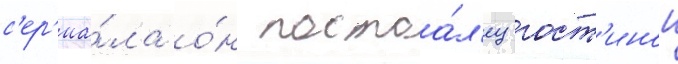
с'ер'иа́ла о́н постоа́л'ец гост'инои